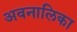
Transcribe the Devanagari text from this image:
अवनालिका